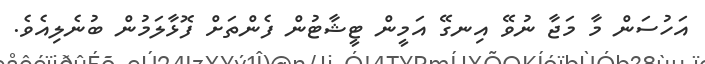
އަހުސަން މާ މަޖާ ނުވޭ އިނގޭ އަމީން ޓީޝާޓުން ފެންތަށް ފޮޅާލަމުން ބުނެލިއެވެ.